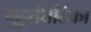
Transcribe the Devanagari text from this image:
मुहूर्तघटिका